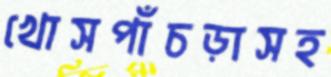
খোসপাঁচড়াসহ